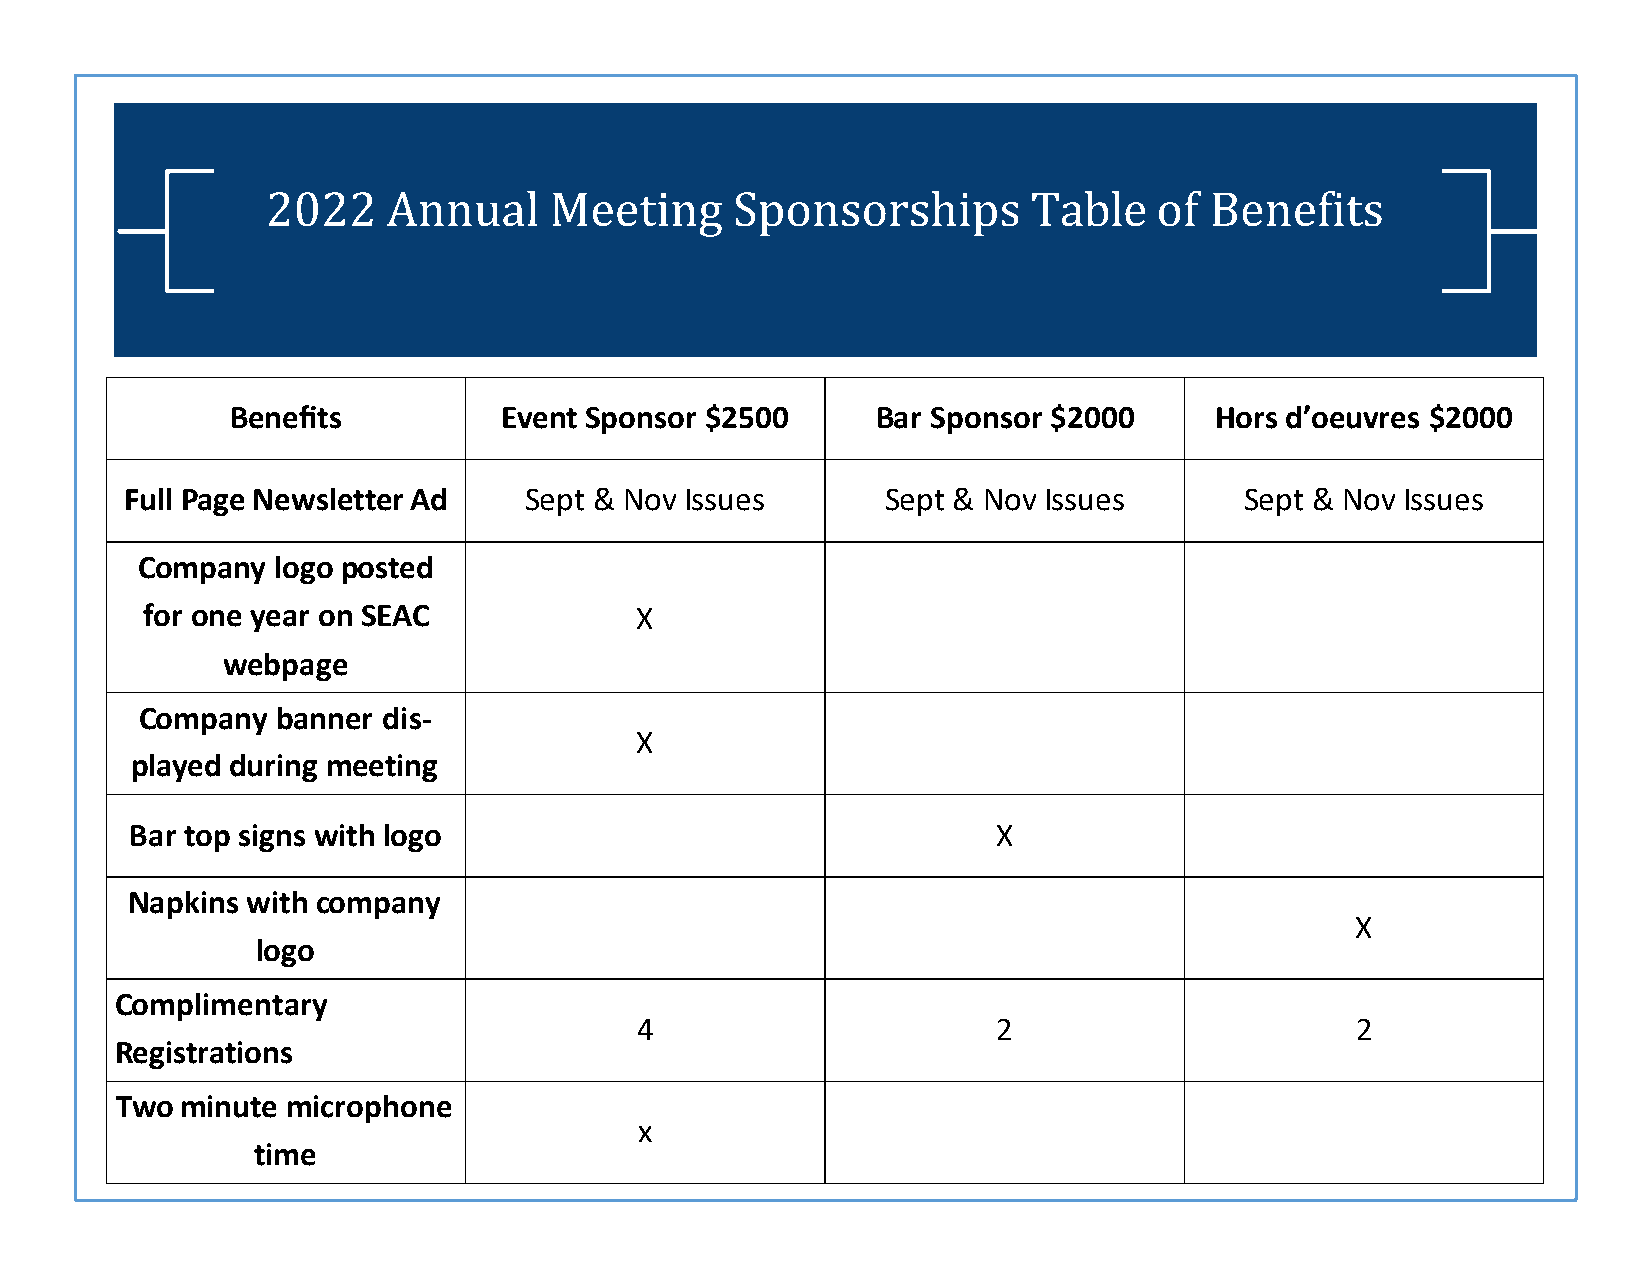
2022    Annual    Meeting     Sponsorships        Table    of Benefits
 Benefits          Event Sponsor $2500      Bar Sponsor $2000     Hors d’oeuvres $2000
 Full Page NewsletterAd     Sept & Nov Issues       Sept & Nov Issues      Sept & Nov Issues
 Company  logo posted
 for one year on SEAC             X
 webpage
 Company  banner dis-
 X
 played during meeting
 Bar top signs with logo                                  X
 Napkins with company
 X
 logo
 Complimentary
 4                       2                       2
 Registrations
 Two minute microphone
 x
 time